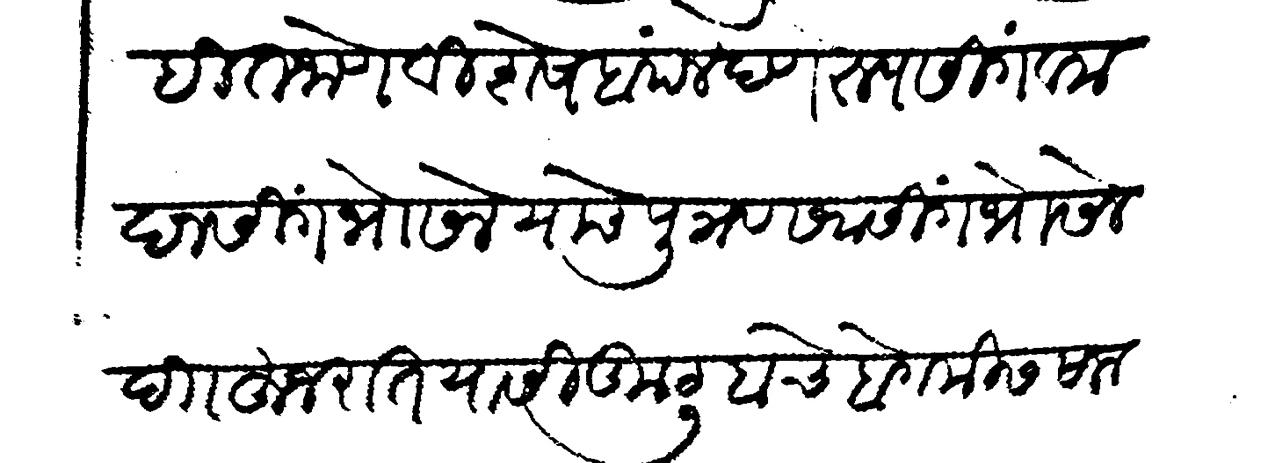
Transliteration (Devanagari): लिहित जाणे विशेष बदल देणे रूपसिंग व मदनसिंग भोसले याचे पुत्र सवासिंग भोसले दी हुजुरात यासी कुटुबाचे बेगमीस साल